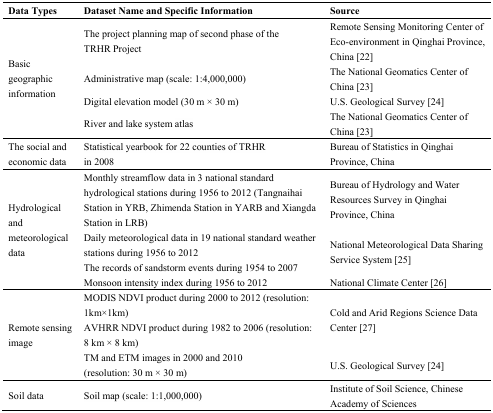
<table><thead><tr><td><b>Data Types</b></td><td><b>Dataset Name and Specific Information</b></td><td><b>Source</b></td></tr></thead><tbody><tr><td rowspan="4">Basic geographic information</td><td>The project planning map of second phase of the TRHR Project </td><td>Remote Sensing Monitoring Center of Eco-environment in Qinghai Province, China [22] </td></tr><tr><td>Administrative map (scale: 1:4,000,000)</td><td>The National Geomatics Center of China [23]</td></tr><tr><td>Digital elevation model (30 m × 30 m)</td><td>U.S. Geological Survey [24] </td></tr><tr><td>River and lake system atlas</td><td>The National Geomatics Center of China [23] </td></tr><tr><td>The social and economic data</td><td>Statistical yearbook for 22 counties of TRHR in 2008</td><td>Bureau of Statistics in Qinghai Province, China</td></tr><tr><td rowspan="4">Hydrological and meteorological data</td><td>Monthly streamflow data in 3 national standard hydrological stations during 1956 to 2012 (Tangnaihai Station in YRB, Zhimenda Station in YARB and Xiangda Station in LRB)</td><td>Bureau of Hydrology and Water Resources Survey in Qinghai Province, China</td></tr><tr><td>Daily meteorological data in 19 national standard weather stations during 1956 to 2012</td><td rowspan="2">National Meteorological Data Sharing Service System [25]</td></tr><tr><td>The records of sandstorm events during 1954 to 2007</td></tr><tr><td>Monsoon intensity index during 1956 to 2012</td><td>National Climate Center [26]</td></tr><tr><td rowspan="3">Remote sensing image</td><td>MODIS NDVI product during 2000 to 2012 (resolution: 1km×1km)</td><td rowspan="2">Cold and Arid Regions Science Data Center [27]</td></tr><tr><td>AVHRR NDVI product during 1982 to 2006 (resolution: 8 km × 8 km)</td></tr><tr><td>TM and ETM images in 2000 and 2010 (resolution: 30 m × 30 m)</td><td>U.S. Geological Survey [24]</td></tr><tr><td>Soil data</td><td>Soil map (scale: 1:1,000,000)</td><td>Institute of Soil Science, Chinese Academy of Sciences</td></tr></tbody></table>